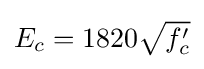
E_{c}=1820{\sqrt {f'_{c}}}